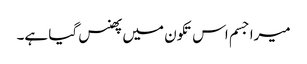
میرا جسم اس تکون میں پھنس گیا ہے۔